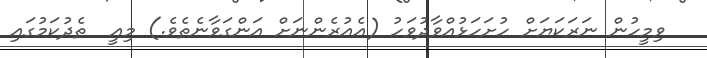
ވިމީހުން ނަރަކަޔަށް ހުށަަހަޅުއްވާދުވަހު (އެއުރެންނަށް އަންގަވާނެތެވެ.) މިއީ  ތެދުކަމުގައި